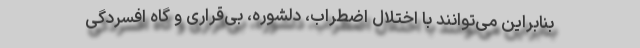
بنابراین می‌توانند با اختلال اضطراب، دلشوره، بی‌قراری و گاه افسردگی